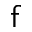
\mathsf { f }